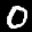
Label: 0